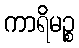
ကာရိမဉ္စ